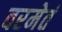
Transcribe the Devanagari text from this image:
वरमेतं